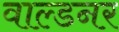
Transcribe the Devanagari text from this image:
वाल्डनर